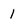
Character: 1